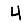
Digit: 4